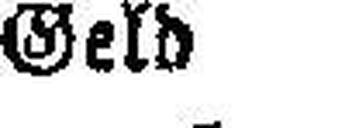
Geld